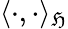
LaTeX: \langle\cdot,\cdot\rangle_{\mathfrak{H}}